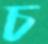
চ